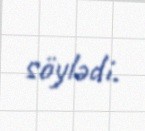
söylədi.